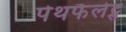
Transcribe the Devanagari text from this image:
पेथफैलेट्स